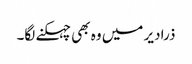
ذرا دیر میں وہ بھی چہکنے لگا۔